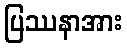
ပြဿနာအား